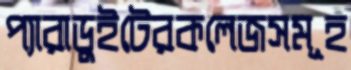
প্যারাডুইটেরকলেজসমূহ